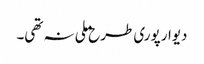
دیوار پوری طرح ملی نہ تھی۔